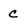
Character: C